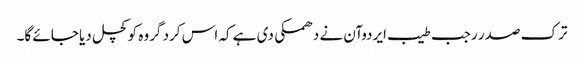
ترک صدر رجب طیب ایردوآن نے دھمکی دی ہے کہ اس کرد گروہ کو کچل دیا جائے گا۔